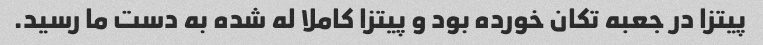
پیتزا در جعبه تکان خورده بود و پیتزا کاملا له شده به دست ما رسید.